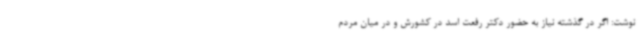
نوشت: اگر در گذشته نیاز به حضور دکتر رفعت اسد در کشورش و در میان مردم